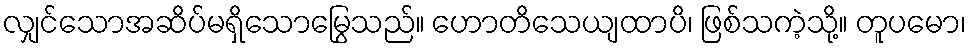
လျှင်သောအဆိပ်မရှိသောမြွေသည်။ ဟောတိသေယျထာပိ၊ ဖြစ်သကဲ့သို့။ တူပမော၊